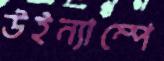
উইন্যাম্পে